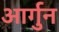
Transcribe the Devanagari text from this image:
आर्गुन